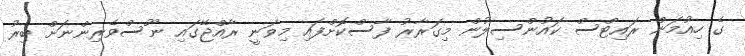
ގެ ހިއުމަން ރައިޓްސް ކައުންސިލުން މިގަރާރު ފާސްކޮށްފައި މިވަނީ ރާއްޖޭގައި ނޫސްވެރިންނަށް ބިރު